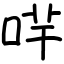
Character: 哶